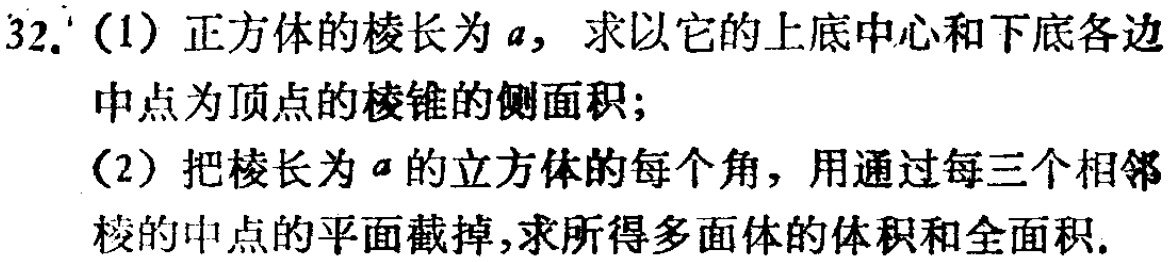
32. (1) 正方体的棱长为 \(a\)，求以它的上底中心和下底各边
中点为顶点的棱锥的侧面积；
(2) 把棱长为 \(a\) 的立方体的每个角，用通过每三个相邻
棱的中点的平面截掉，求所得多面体的体积和全面积.